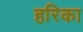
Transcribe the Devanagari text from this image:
हरिका